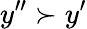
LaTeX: y^{\prime\prime}\succ y^{\prime}